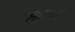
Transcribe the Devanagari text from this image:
निधीकोश